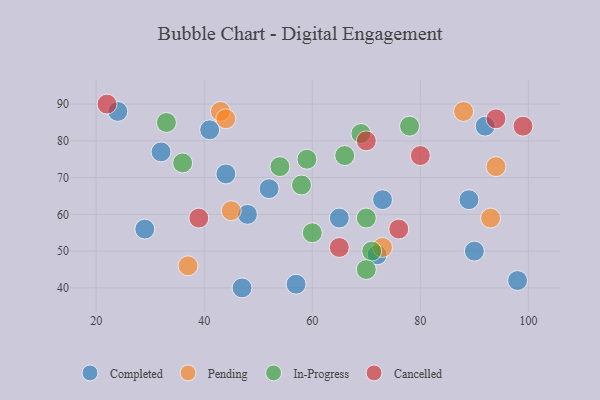
{"axis": {"x": "GDP", "y": "Life Expectancy"}, "legend": ["Cancelled", "Completed", "In-Progress", "Pending"], "data": [{"x": "52", "y": 67, "type": "Completed"}, {"x": "92", "y": 84, "type": "Completed"}, {"x": "73", "y": 64, "type": "Completed"}, {"x": "57", "y": 41, "type": "Completed"}, {"x": "48", "y": 60, "type": "Completed"}, {"x": "32", "y": 77, "type": "Completed"}, {"x": "24", "y": 88, "type": "Completed"}, {"x": "72", "y": 49, "type": "Completed"}, {"x": "90", "y": 50, "type": "Completed"}, {"x": "29", "y": 56, "type": "Completed"}, {"x": "41", "y": 83, "type": "Completed"}, {"x": "47", "y": 40, "type": "Completed"}, {"x": "89", "y": 64, "type": "Completed"}, {"x": "44", "y": 71, "type": "Completed"}, {"x": "98", "y": 42, "type": "Completed"}, {"x": "65", "y": 59, "type": "Completed"}, {"x": "88", "y": 88, "type": "Pending"}, {"x": "73", "y": 51, "type": "Pending"}, {"x": "43", "y": 88, "type": "Pending"}, {"x": "44", "y": 86, "type": "Pending"}, {"x": "94", "y": 73, "type": "Pending"}, {"x": "93", "y": 59, "type": "Pending"}, {"x": "45", "y": 61, "type": "Pending"}, {"x": "37", "y": 46, "type": "Pending"}, {"x": "69", "y": 82, "type": "In-Progress"}, {"x": "70", "y": 59, "type": "In-Progress"}, {"x": "71", "y": 50, "type": "In-Progress"}, {"x": "58", "y": 68, "type": "In-Progress"}, {"x": "60", "y": 55, "type": "In-Progress"}, {"x": "36", "y": 74, "type": "In-Progress"}, {"x": "78", "y": 84, "type": "In-Progress"}, {"x": "33", "y": 85, "type": "In-Progress"}, {"x": "54", "y": 73, "type": "In-Progress"}, {"x": "66", "y": 76, "type": "In-Progress"}, {"x": "59", "y": 75, "type": "In-Progress"}, {"x": "70", "y": 45, "type": "In-Progress"}, {"x": "80", "y": 76, "type": "Cancelled"}, {"x": "99", "y": 84, "type": "Cancelled"}, {"x": "39", "y": 59, "type": "Cancelled"}, {"x": "65", "y": 51, "type": "Cancelled"}, {"x": "70", "y": 80, "type": "Cancelled"}, {"x": "76", "y": 56, "type": "Cancelled"}, {"x": "94", "y": 86, "type": "Cancelled"}, {"x": "22", "y": 90, "type": "Cancelled"}]}